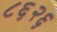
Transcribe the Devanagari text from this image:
८६२६